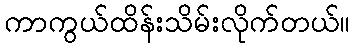
ကာကွယ်ထိန်းသိမ်းလိုက်တယ်။